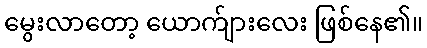
မွေးလာတော့ ယောက်ျားလေး ဖြစ်နေ၏။